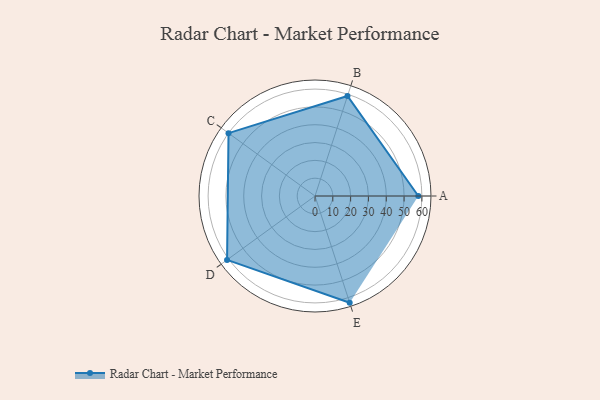
{"axis": {"x": "Skill", "y": "Score"}, "legend": ["Profile"], "data": [{"x": "A", "y": 58.0, "type": "Profile"}, {"x": "B", "y": 59.0, "type": "Profile"}, {"x": "C", "y": 60.0, "type": "Profile"}, {"x": "D", "y": 61.0, "type": "Profile"}, {"x": "E", "y": 63.0, "type": "Profile"}]}